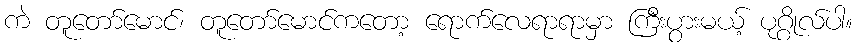
ကဲ တူတော်မောင်၊ တူတော်မောင်ကတော့ ရောက်လေရာရာမှာ ကြီးပွားမယ့် ပုဂ္ဂိုလ်ပါ။